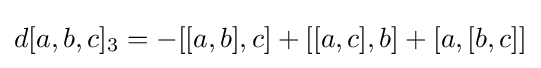
d[a,b,c]_{3}=-[[a,b],c]+[[a,c],b]+[a,[b,c]]